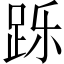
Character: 跞